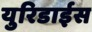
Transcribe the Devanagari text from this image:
युरिडाईस